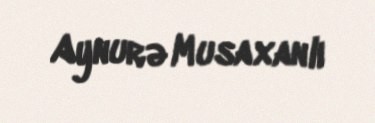
Aynurə Musaxanlı